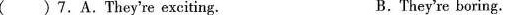
( )7.A.They're exciting. B.They're boring.